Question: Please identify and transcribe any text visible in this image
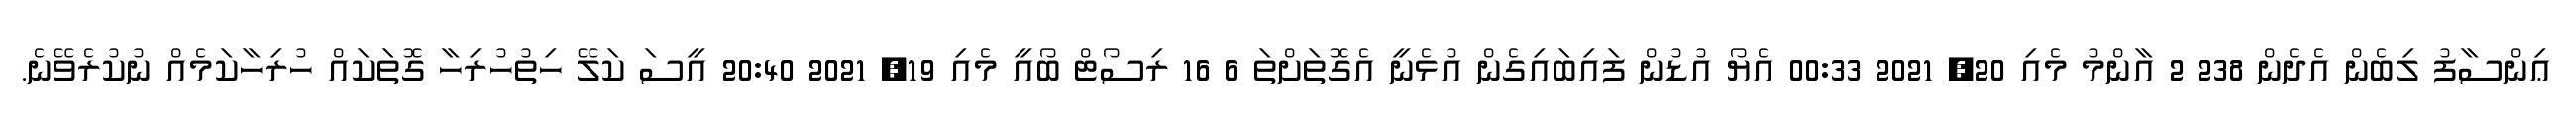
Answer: ޢިންސާފު ލިބެން އެދެން 238 2 އާންމު މެއި 20, 2021 00:33 އެޔޯ އުޑުން ފައިބައިގެން އުޅެނީ އެގޮތަށްތަ 6 16 ރިސޯޓް ބޯއީ މެއި 19, 2021 20:40 އީސަ ކަލޭ ހިތުހުރިހާ ގޮތަކައް ހުރިހާކަމެއް ނުކުރެވޭނެ.